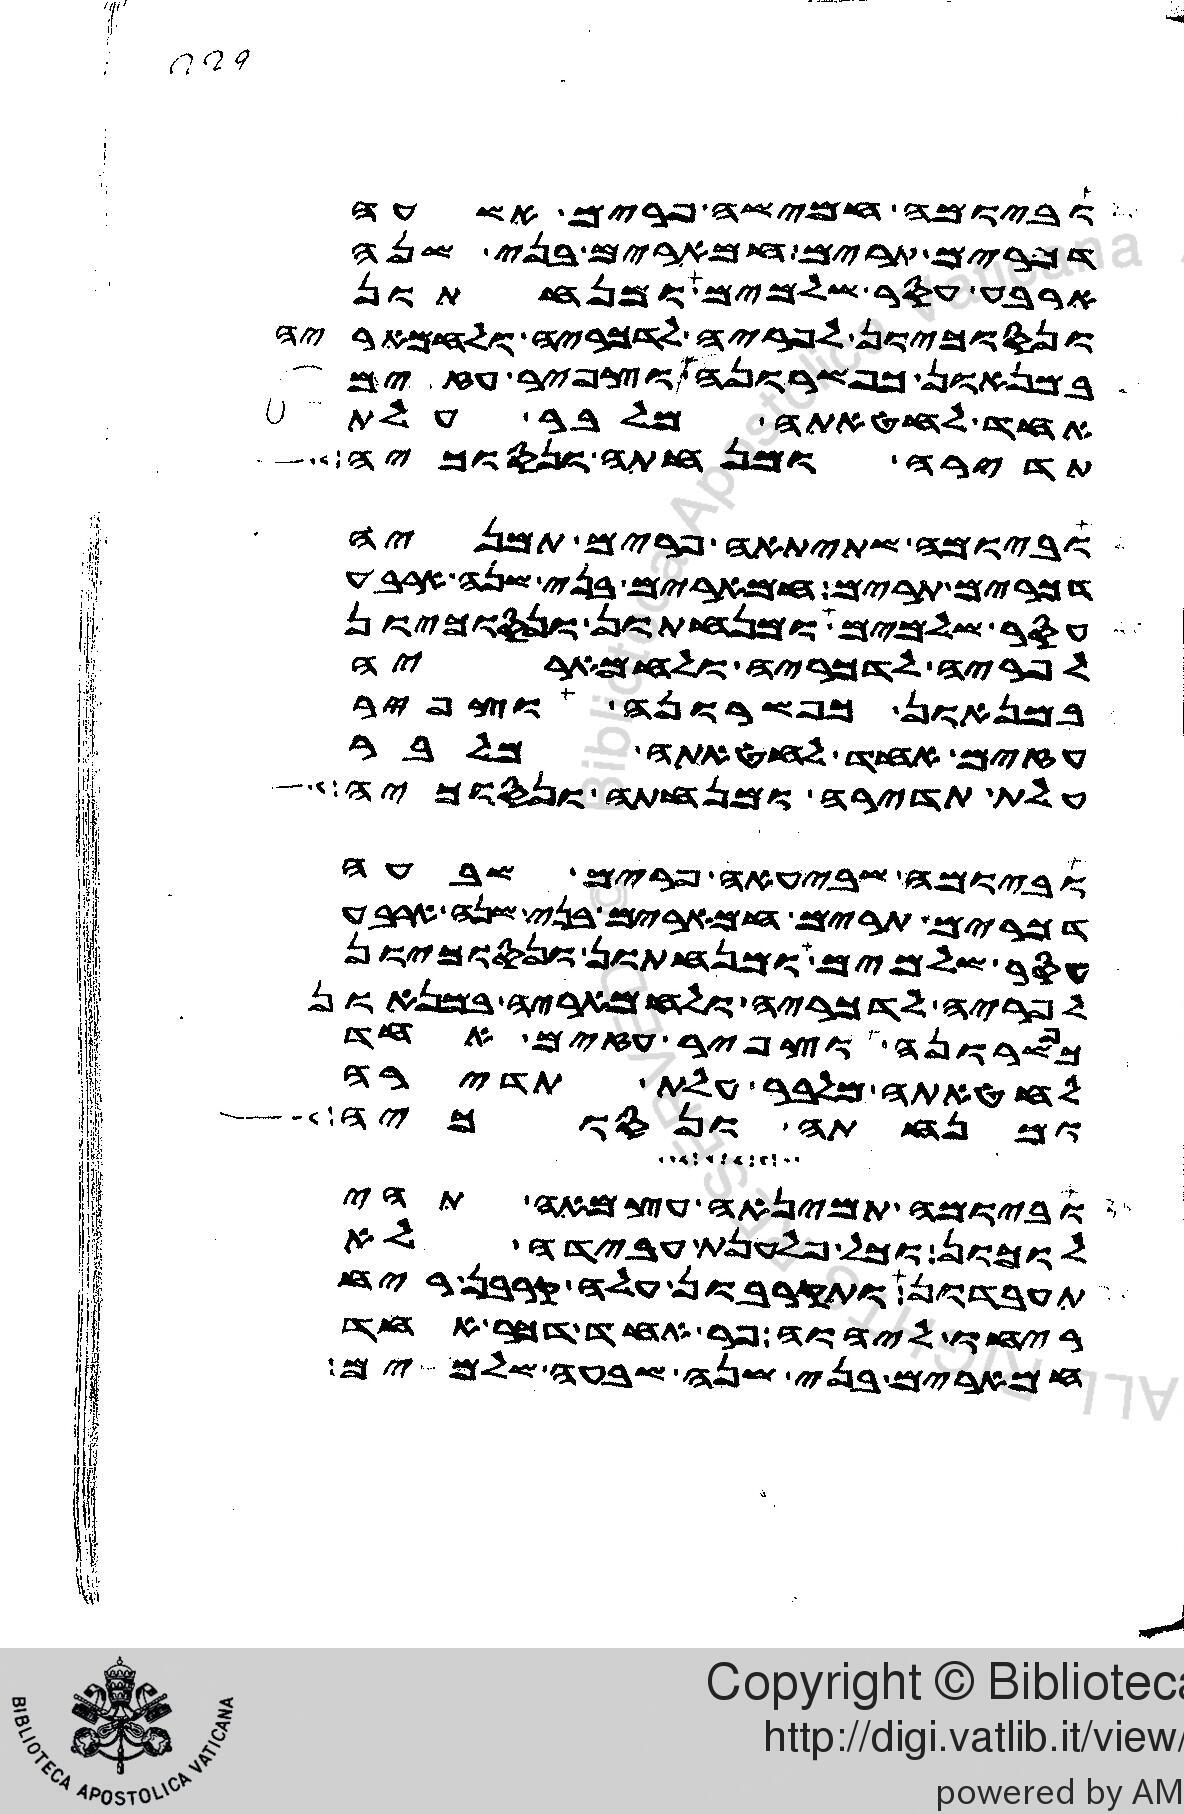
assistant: וביומה חמישה פרים אשעה
דכרים תרים חמארים בני שנה
ארבע עסר שלמים ומנחתון
ונסוכיון לפריה לדכריה ולחמאריה
במנאון כפשרונה וצפיר עזים
אחד לחטאתה מלבר עלת
תדירה ומנחתה ונסוכיה
וביומה שתיתאה פרים תמניה
דכרים תרים חמארים בני שנה ארבע
עסר שלמים ומנחתון ונסוכיון
לפריה לדכריה ולחמאריה
במנאון כפשרונה וצפיר
עזים אחד לחטאתה מלבר
עלת תדירה ומנחתה ונסוכיה
וביומה שביעאה פרים שבעה
דכרים תרים חמארים בני שנה ארבע
עסר שלמים ומנחתון ונסוכיון
לפריה לדכריה ולחמאריה במנאון
כפשרונה וצפיר עזים אחד
לחטאתה מלבר עלת תדירה
ומנחתה ונסוכיה
וביומה תמינאה עצמאה תהי
לוכון כל פלענת עבידה לא
תעבדון ותקרבון עלה קרבן ריח
ריחו ליהוה פר אחד דכר אחד
חמארים בני שנה שבעה שלמים